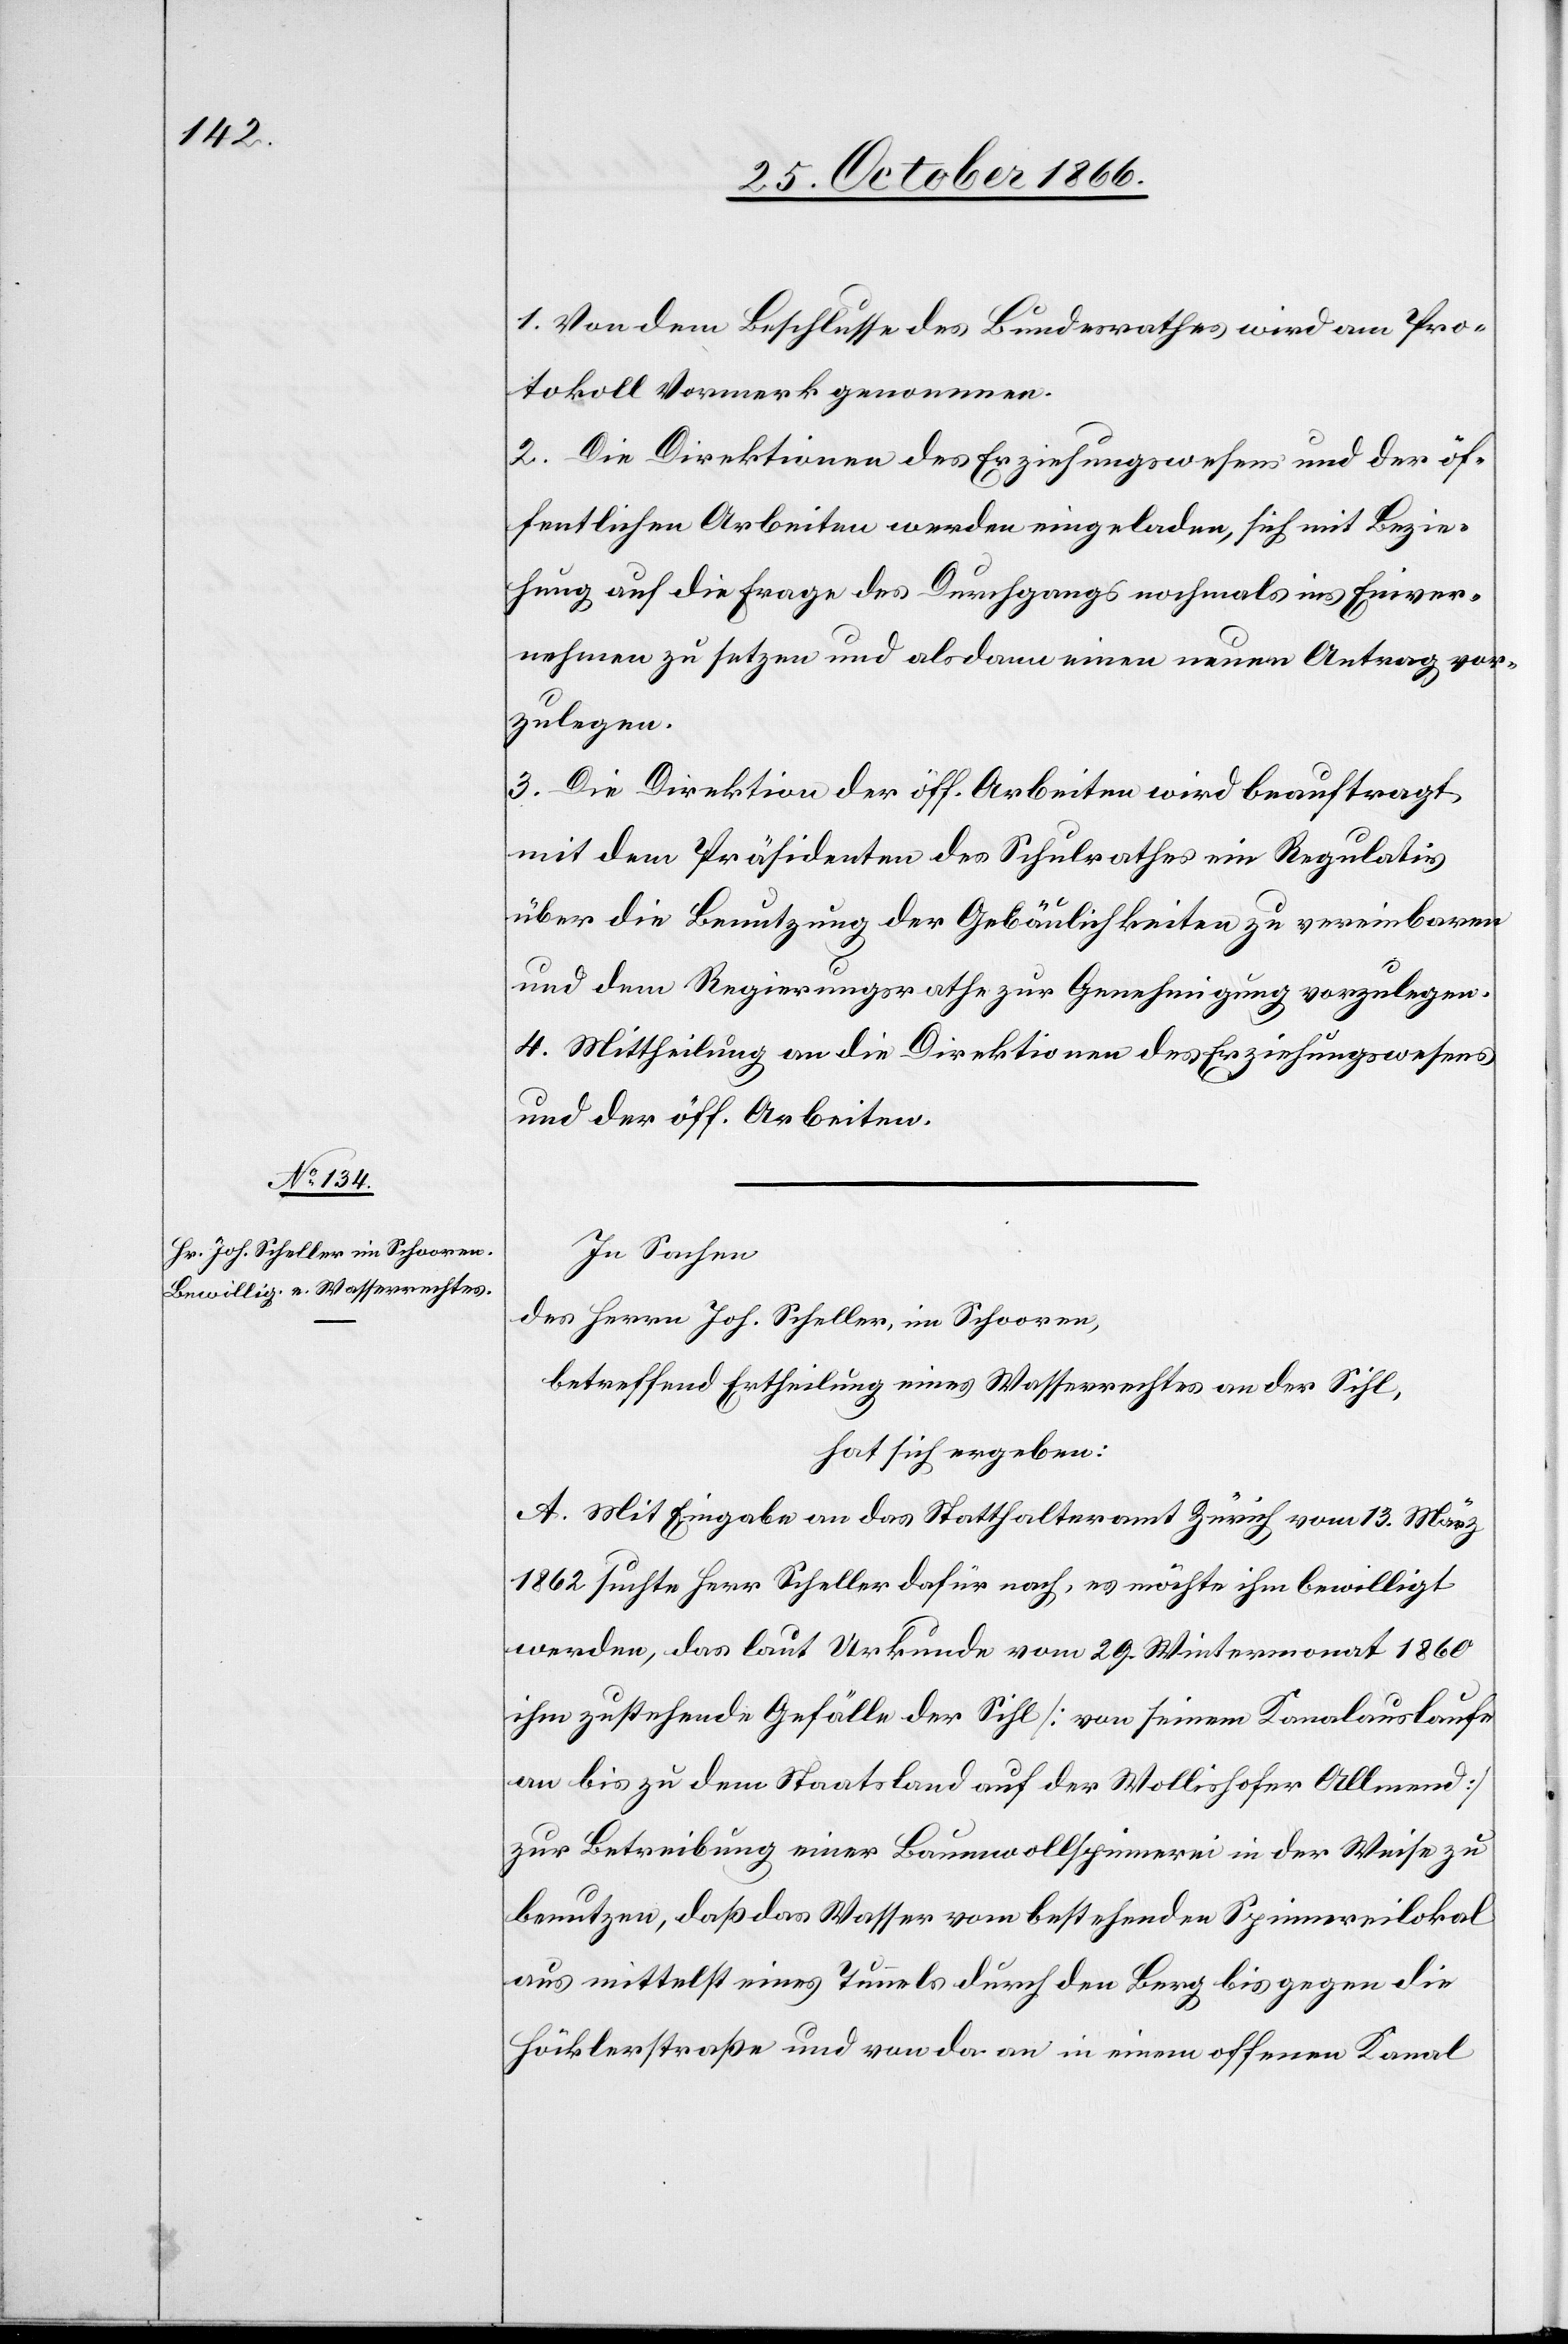
In Sachen
des Herrn Joh. Scheller, in Schooren,
betreffend Ertheilung eines Wasserrechtes an der Sihl,
hat sich ergeben:
A. Mit Eingabe an das Statthalteramt Zürich vom 13. März
1862 suchte Herr Scheller dafür nach, es möchte ihm bewilligt
werden, das laut Urkunde vom 29. Wintermonat 1860
ihm zustehende Gefälle der Sihl [von seinem Kanalauslaufe
an bis zu dem Staatsland auf der Wollishofer Allmend]
zur Betreibung einer Baumwollspinnerei in der Weise zu
benutzen, daß das Wasser vom bestehenden Spinnereilokal
aus mittelst eines Tunnels durch den Berg bis gegen die
Höcklerstraße und von da an in einem offenen Kanal